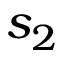
s _ { 2 }